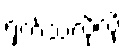
ရှက်သလိုလို